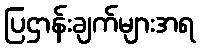
ပြဌာန်းချက်များအရ